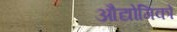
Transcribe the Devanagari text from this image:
औद्योगिकों